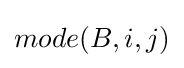
mode(B,i,j)